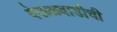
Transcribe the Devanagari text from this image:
देऊळवाडीची